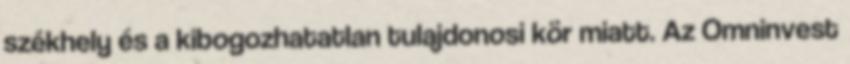
székhely és a kibogozhatatlan tulajdonosi kör miatt. Az Omninvest